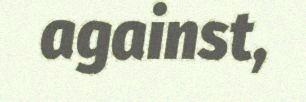
against,